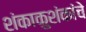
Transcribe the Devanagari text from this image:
शंकाकुशंकांचे